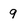
Character: 9